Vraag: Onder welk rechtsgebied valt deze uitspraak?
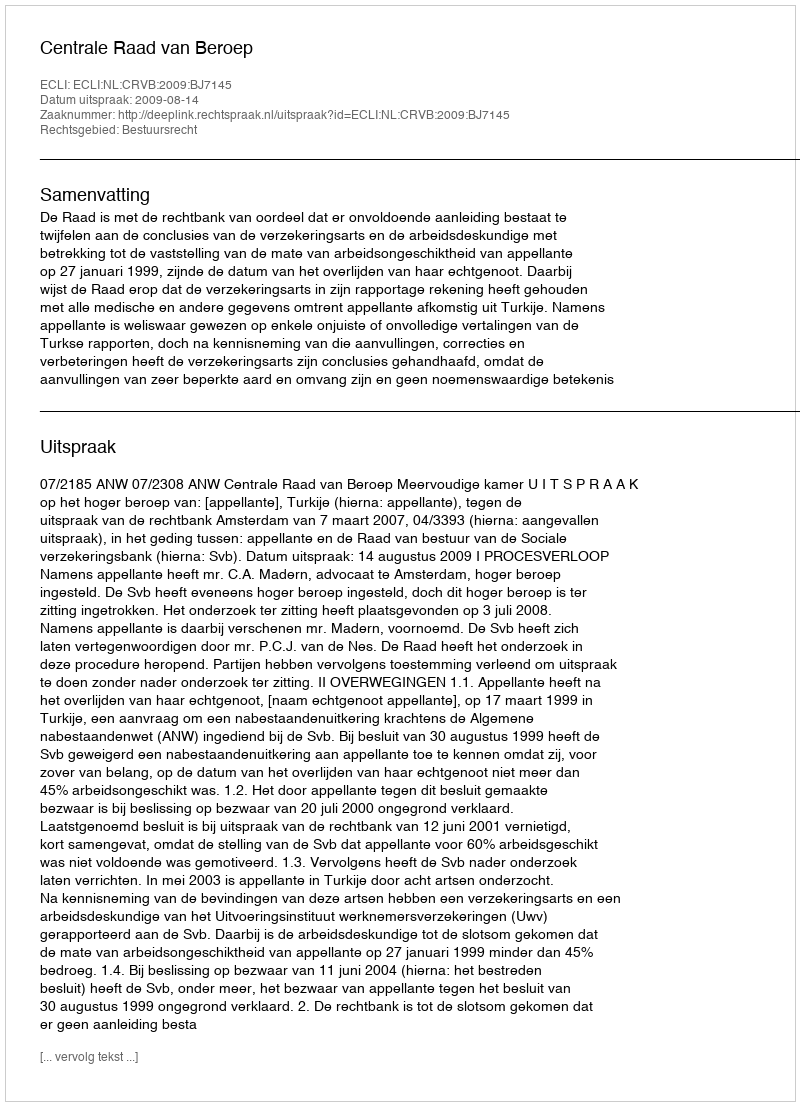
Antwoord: Bestuursrecht